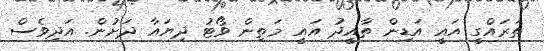
ތަރައްގީ އައީ އަޑިން ތާއީދު އައީ މަތިން ވޯޓު ދިޔައާ ދަށުން. އަދިވެސް